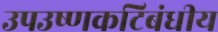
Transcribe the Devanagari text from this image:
उपउष्णकटिबंधीय